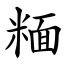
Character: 糆